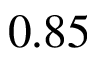
0 . 8 5